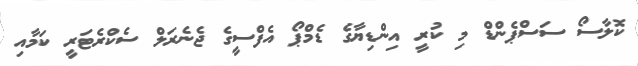
ކޮލާސޯ ސަސްޕެންޑް މި ކުރީ އިންޑިޔާގެ ޑެމްޕޯ އެފްސީގެ ޖެނެރަލް ސެކްރެޓަރީ ކަމާއި